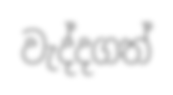
වැද්දගත්